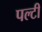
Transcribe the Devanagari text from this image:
पल्टी